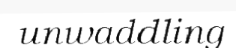
unwaddling